Annual report of the Imperial Bacteriologist
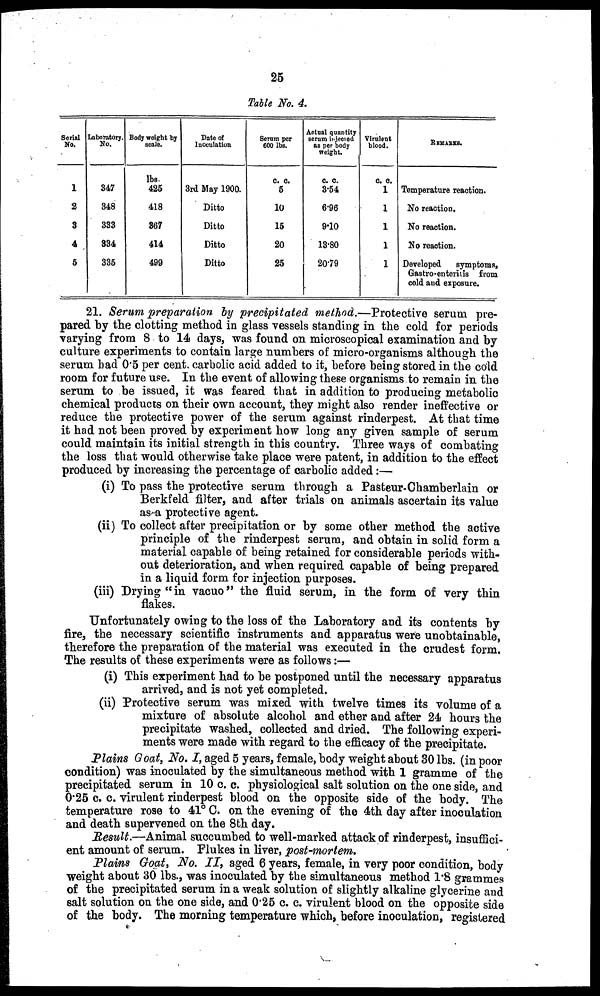
25
Table No. 4.
Serial
No.
1
2
3
4
5
Laboratory
No.
347
348
333
334
335
Body weight by
scale.
lbs.
425
418
367
414
499
Date of
Inoculation
3rd May 1900.
Ditto
Ditto
Ditto
Ditto
Serum per
600 lbs.
c. c.
5
10
15
20
25
Actual quantity
serum injected
as per body
weight.
c. c.
3.54
6.96
9.10
13.80
20.79
Virulent
blood.
c. c.
1
1
1
1
1
REMARKS.
Temperature reaction.
No reaction.
No reaction.
No reaction.
Developed symptoms,
Gastro-enteritis from
cold and exposure.
21. Serum preparation by precipitated method.—Protective serum pre-
pared by the clotting method in glass vessels standing in the cold for periods
varying from 8 to 14 days, was found on microscopical examination and by
culture experiments to contain large numbers of micro-organisms although the
serum had 0.5 per cent. carbolic acid added to it, before being stored in the cold
room for future use. In the event of allowing these organisms to remain in the
serum to be issued, it was feared that in addition to producing metabolic
chemical products on their own account, they might also render ineffective or
reduce the protective power of the serum against rinderpest. At that time
it had not been proved by experiment how long any given sample of serum
could maintain its initial strength in this country. Three ways of combating
the loss that would otherwise take place were patent, in addition to the effect
produced by increasing the percentage of carbolic added :—
(i) To pass the protective serum through a Pasteur-Chamberlain or
Berkfeld filter, and after trials on animals ascertain its value
as a protective agent.
(ii) To collect after precipitation or by some other method the active
principle of the rinderpest serum, and obtain in solid form a
material capable of being retained for considerable periods with-
out deterioration, and when required capable of being prepared
in a liquid form for injection purposes.
(iii) Drying "in vacuo" the fluid serum, in the form of very thin
flakes.
Unfortunately owing to the loss of the Laboratory and its contents by
fire, the necessary scientific instruments and apparatus were unobtainable,
therefore the preparation of the material was executed in the crudest form.
The results of these experiments were as follows :—
(i) This experiment had to be postponed until the necessary apparatus
arrived, and is not yet completed.
(ii) Protective serum was mixed with twelve times its volume of a
mixture of absolute alcohol and ether and after 24 hours the
precipitate washed, collected and dried. The following experi-
ments were made with regard to the efficacy of the precipitate.
Plains Goat, No. I, aged 5 years, female, body weight about 30 lbs. (in poor
condition) was inoculated by the simultaneous method with 1 gramme of the
precipitated serum in 10 c. c. physiological salt solution on the one side, and
0.25 c. c. virulent rinderpest blood on the opposite side of the body. The
temperature rose to 41° C. on the evening of the 4th day after inoculation
and death supervened on the 8th day.
Result.—Animal succumbed to well-marked attack of rinderpest, insuffici-
ent amount of serum. Flukes in liver, post-mortem.
Plains Goat, No. II, aged 6 years, female, in very poor condition, body
weight about 30 lbs., was inoculated by the simultaneous method 1.8 grammes
of the precipitated serum in a weak solution of slightly alkaline glycerine and
salt solution on the one side, and 0.25 c. c. virulent blood on the opposite side
of the body. The morning temperature which, before inoculation, registered